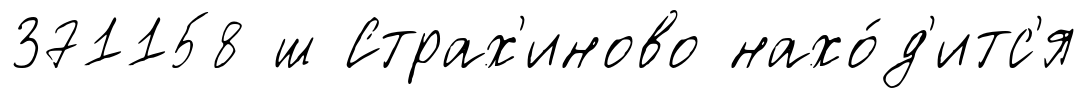
371158 ш Страх'иново нахо́д'итс'я